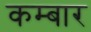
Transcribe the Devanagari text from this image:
कम्बार